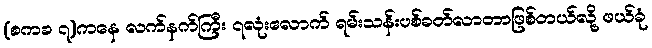
(စကခ ၇)ကနေ လက်နက်ကြီး ၇လုံးလောက် ရမ်းသန်းပစ်ခတ်လာတာဖြစ်တယ်လို့ ဖယ်ခုံ